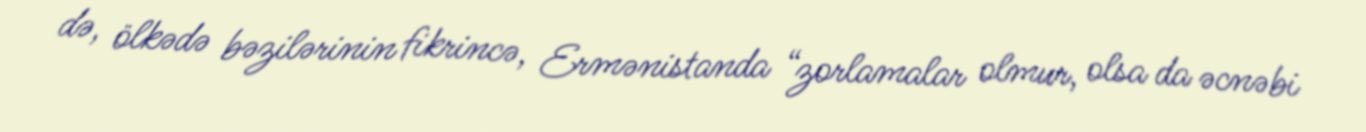
də, ölkədə bəzilərinin fikrincə, Ermənistanda “zorlamalar olmur, olsa da əcnəbi